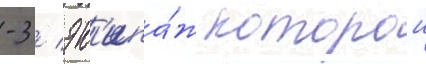
-3 / эк'ипа́ж которои